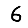
Digit: 6